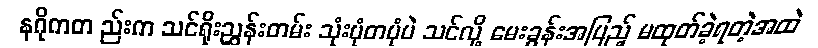
နဂိုကတ ည်းက သင်ရိုးညွှန်းတမ်း သုံးပုံတပုံပဲ သင်လို့ မေးခွန်းအပြည့် မထုတ်ခဲ့ရတဲ့အထဲ